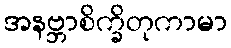
အနဗ္ဘာစိက္ခိတုကာမာ